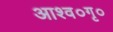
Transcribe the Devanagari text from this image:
आश्व०गृ०